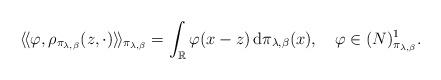
LaTeX: \begin{align*}\langle\!\langle\varphi,\rho_{\pi_{\lambda,\beta}}(z,\cdot)\rangle\!\rangle_{\pi_{\lambda,\beta}}=\int_{\mathbb{R}}\varphi(x-z)\,\mathrm{d}\pi_{\lambda,\beta}(x),\quad\varphi\in(N)_{\pi_{\lambda,\beta}}^{1}.\end{align*}